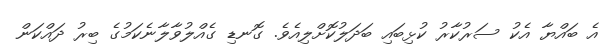
އެ ބައްޔާ އެކު ސަރުކާރު ކުޅިބައި ބަދަލުކޮށްލިއެވެ. ގޮނޑި ގެއްލުވާލާނެކަމުގެ ބިރު ދައްކަން